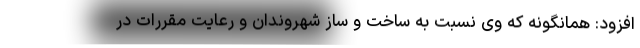
افزود: همانگونه که وی نسبت به ساخت و ساز شهروندان و رعایت مقررات در